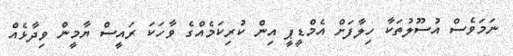
ނަމަވެސް އުސޫލުތަކާ ހިލާފަށް އެމްޑީޕީ އިން ކުރިކަމެއްގެ ވާހަކަ ރައީސް ޔާމީން ވިދާޅެއް